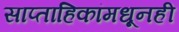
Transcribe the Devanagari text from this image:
साप्ताहिकांमधूनही